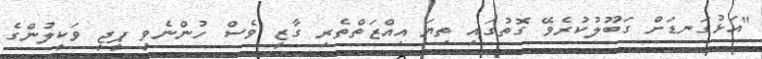
"އަޅުގަނޑަށް ގަބޫލުކުރެވޭ ގޮތުގައި ތިޔަ އިއްޒަތްތެރި ގާޒީ ވެސް ހުންނެވީ ޕީޖީ ވަކީލުންގެ